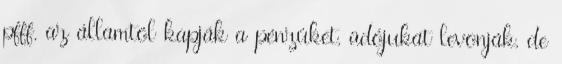
pfff. az államtól kapják a pénzüket, adójukat levonják, de